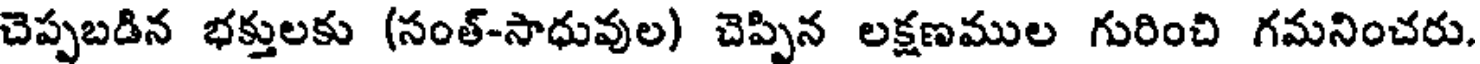
చెప్పబడిన భక్తులకు (సంత్-సాధువుల) చెప్పిన లక్షణముల గురించి గమనించరు.